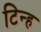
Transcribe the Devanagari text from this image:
टिन्ह